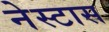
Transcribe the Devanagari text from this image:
नेस्टास